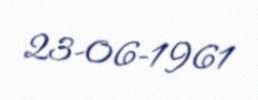
23-06-1961